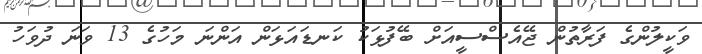
ވަކީލުންގެ ފަރާތުން ޖޭއެސްސީއަށް ބޭފުޅަކު ކަނޑައަޅަން އަންނަ މަހުގެ 13 ވަނަ ދުވަހު